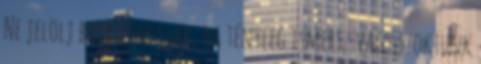
Ne jelölj barátnak csak, ha tényleg ismersz vagy szoktunk